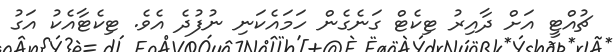
ޗުއްޓީ އަށް ދާއިރު ޓިކެޓް ގަނެގެން ހަމައެކަނި ނުފުދެ އެވެ. ޓިކެޓާއެކު އަގު